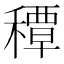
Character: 𥢏